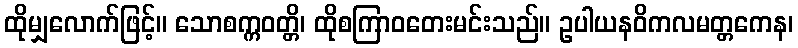
ထိုမျှလောက်ဖြင့်။ သောစက္ကဝတ္တိ၊ ထိုစကြာဝတေးမင်းသည်။ ဥပါယနဝိကလမတ္တကေန၊